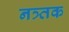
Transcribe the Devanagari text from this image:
नत्र्तक